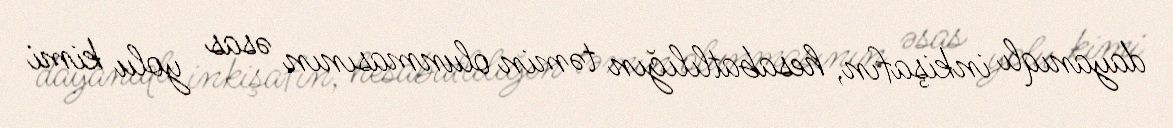
dayanıqlı inkişafın, hesabatlılığın təmin olunmasının əsas yolu kimi